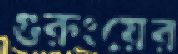
গুরুংয়ের